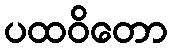
ပထဝိတော